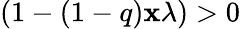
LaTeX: (1-(1-q)\mathbf{x}\lambda)>0